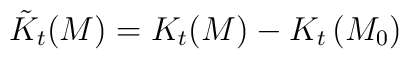
\tilde{K}_{t}(M)=K_{t}(M)-K_{t}\left( M_{0}\right)